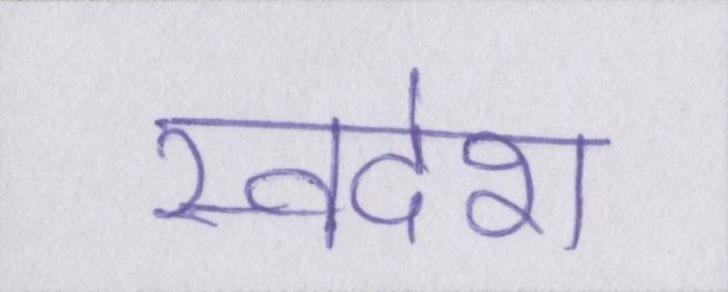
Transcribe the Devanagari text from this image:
स्वदेश